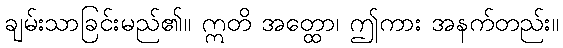
ချမ်းသာခြင်းမည်၏။ ဣတိ အတ္ထော၊ ဤကား အနက်တည်း။